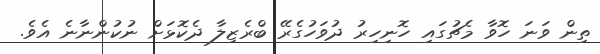
ތިން ވަނަ ހޮވާ މެޗުގައި ހޮނިހިރު ދުވަހުގެރޭ ބްރެޒިލާ ދެކޮޅަށް ނުކުންނާނެ އެވެ.